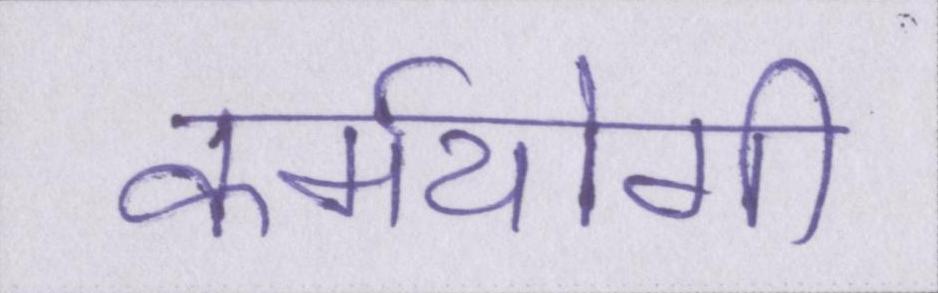
कर्मयोगी